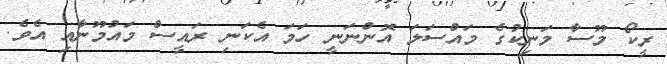
ރީކޯ މޫސާ މަނިކުގެ މައްސަލަ އޮންނަނީ ހަމަ އެކަނި ރައީސް މައުމޫނާއި އެވެ.